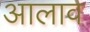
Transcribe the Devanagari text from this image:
आलाव